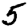
Digit: 5